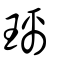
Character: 璃